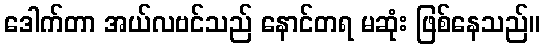
ဒေါက်တာ အယ်လဗင်သည် နောင်တရ မဆုံး ဖြစ်နေသည်။